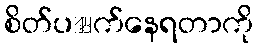
စိတ်ပဵက်နေရတာကို